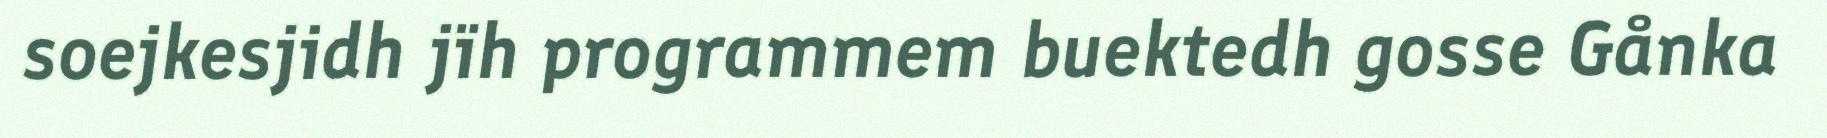
soejkesjidh jïh programmem buektedh gosse Gånka